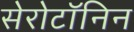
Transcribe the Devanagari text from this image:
सेरोटॉनिन